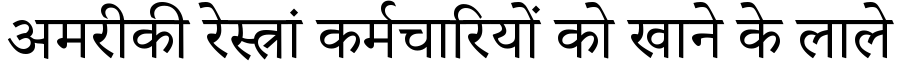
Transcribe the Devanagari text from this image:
अमरीकी रेस्त्रां कर्मचारियों को खाने के लाले